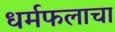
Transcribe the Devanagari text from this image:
धर्मफलाचा